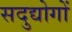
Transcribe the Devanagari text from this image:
सदुद्योगों